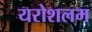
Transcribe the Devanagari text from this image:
यरोशलम